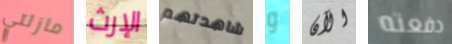
مازلتي الإرث شاهدتهم و الآن دفعته